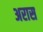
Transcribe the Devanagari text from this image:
अरास